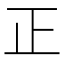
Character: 正